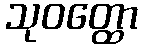
သုဝတ္ထော